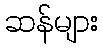
ဆန်များ